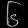
Digit: ၆